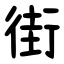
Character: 街